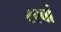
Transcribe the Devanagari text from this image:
८९वां